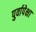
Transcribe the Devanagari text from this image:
पुर्वापेक्षा